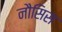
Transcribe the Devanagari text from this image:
नौसिस